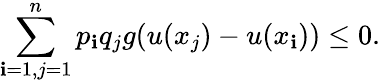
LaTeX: \sum_{\mathbf{i}=1,j=1}^{n}p_{\mathbf{i}}q_{j}g(u(x_{j})-u(x_{\mathbf{i}}))\leq0.